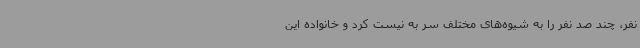
نفر، چند صد نفر را به شیوه‌های مختلف سر به نیست کرد و خانواده این